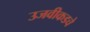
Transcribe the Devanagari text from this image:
उजवीकडचे